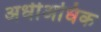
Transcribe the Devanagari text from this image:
अर्धीअधिक